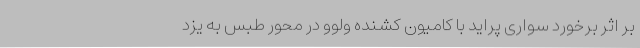
بر اثر برخورد سواری پراید با کامیون کشنده ولوو در محور طبس به یزد